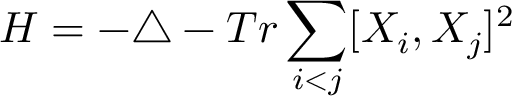
H = - \triangle - T r \sum _ { i < j } [ X _ { i } , X _ { j } ] ^ { 2 }